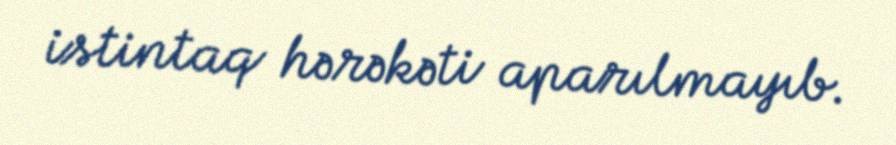
istintaq hərəkəti aparılmayıb.